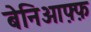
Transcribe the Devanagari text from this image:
बेनिओफ़्फ़